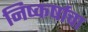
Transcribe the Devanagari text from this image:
निष्कर्षाचा